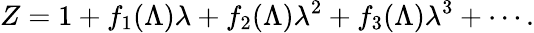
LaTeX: Z=1+f_{1}(\Lambda)\lambda+f_{2}(\Lambda)\lambda^{2}+f_{3}(\Lambda)\lambda^{3}+\cdots.